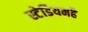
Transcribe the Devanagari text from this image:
स्टेडियमहै